Indian journal of veterinary science and animal husbandry - Volume 10,
Year: 1940
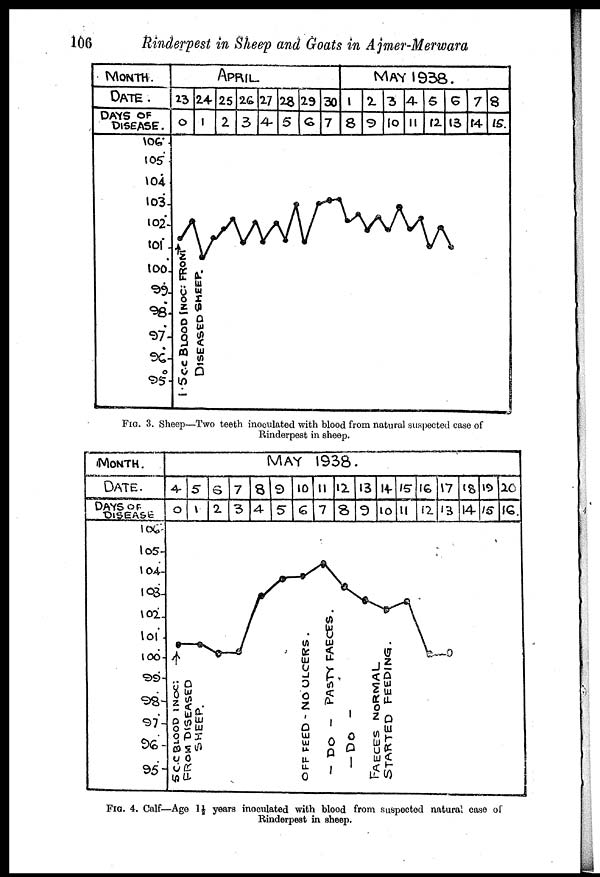
106
Rinderpest in Sheep and Goats in Ajmer-Merwara
FIG. 3. Sheep—Two teeth inoculated with blood from natural suspected case of
Rinderpest in sheep.
FIG. 4. Calf—Age 1½ years inoculated with blood from suspected natural case of
Rinderpest in sheep.